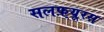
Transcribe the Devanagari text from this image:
सलफ़्यूरस